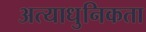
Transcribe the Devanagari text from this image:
अत्याधुनिकता